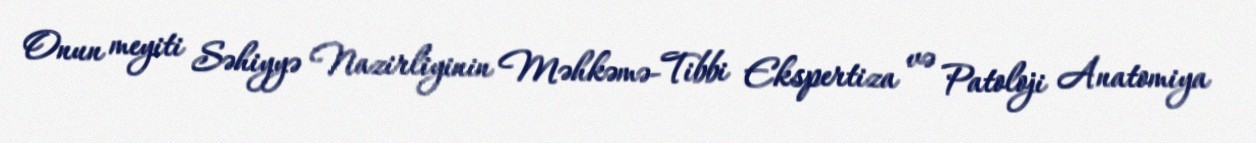
Onun meyiti Səhiyyə Nazirliyinin Məhkəmə-Tibbi Ekspertiza və Patoloji Anatomiya